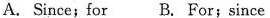
A. Since; for B. For; since